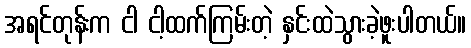
အရင်တုန်းက ငါ ငါ့ထက်ကြမ်းတဲ့ နှင်းထဲသွားခဲ့ဖူးပါတယ်။